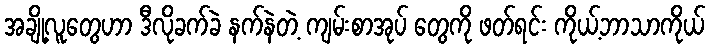
အချို့လူတွေဟာ ဒီလိုခက်ခဲ နက်နဲတဲ့ ကျမ်းစာအုပ် တွေကို ဖတ်ရင်း ကိုယ့်ဘာသာကိုယ်